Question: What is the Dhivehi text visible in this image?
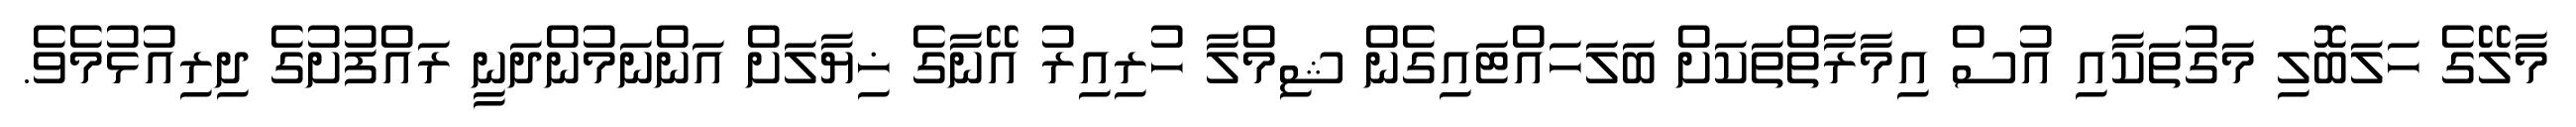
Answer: މާލޭގެ ހަލަބޮލި މަގުތަކާއި އުސް އިމާރާތްތަކަށް ބަލަހައްޓައިގެން ޝިމްލާ ހުރިއިރު އޭނާގެ ޚިޔާލަށް އަންނަމުންދަނީ ރައްފުށުގެ ދިރިއުޅުމެވެ.